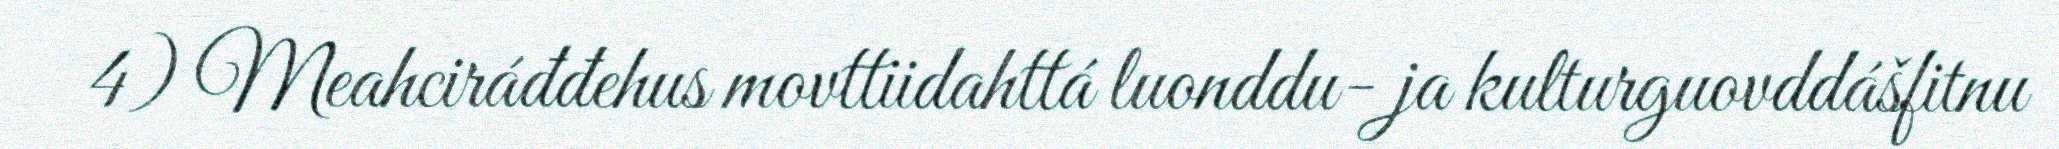
4) Meahciráđđehus movttiidahttá luonddu- ja kulturguovddášfitnu